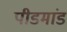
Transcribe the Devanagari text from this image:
पीडमांड